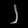
Digit: ၂